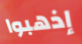
إذهبوا